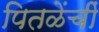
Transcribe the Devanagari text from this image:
पितळेंचीं